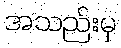
အသည်းမှ